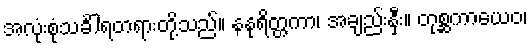
အလုံးစုံသင်္ခါရတရားတို့သည်။ နနုရိတ္တကာ၊ အချည်းနှီး။ တုစ္ဆကာယေဝ၊